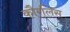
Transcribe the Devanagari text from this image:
कौरलिस